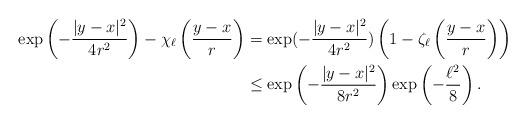
LaTeX: \begin{align*}\exp \left( -\frac{|y-x|^2}{4r^2} \right)-\chi_\ell \left( \frac{y-x}{r} \right) &= \exp(-\frac{|y-x|^2}{4r^2}) \left(1-\zeta_\ell \left( \frac{y-x}{r} \right) \right) \\& \le \exp \left( -\frac{|y-x|^2}{8r^2} \right) \exp \left( -\frac{\ell^2}{8} \right).\end{align*}